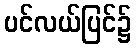
ပင်လယ်ပြင်၌